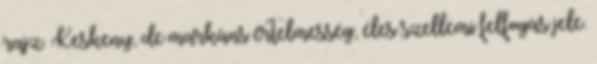
rajz. Keskeny, de markáns értelmesség, éles szellemi felfogás jele.